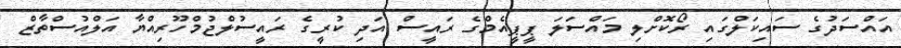
އައްސަދުގެ ސައިކަލްގައި ރޯކޮށްލި މައްސަލަ ޕީޕީއެމްގެ ރައީސް އަދި ކުރީގެ ރައީސުލްޖުމްހޫރިއްޔާ އަލްއުސްތާޒް